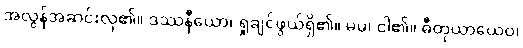
အလွန်အဆင်းလှ၏။ ဒဿနီယော၊ ရှုချင်ဖွယ်ရှိ၏။ မမ၊ ငါ၏။ ဓီတုယာယေဝ၊